Statistics compiled by the Government of India from the reports of provincial Civil Veterinary Departments
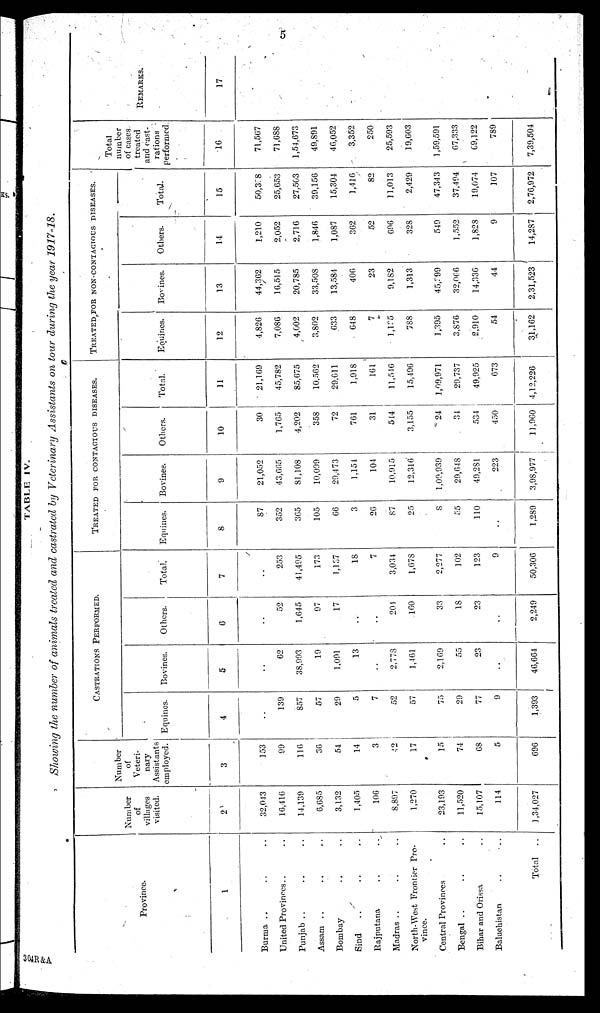
5
TABLE IV.
Showing the number of animals treated and castrated by Veterinary Assistants on tour during the year 1917-18.
Province.
1
Burma .. .. ..
United Provinces .. ..
Punjab .. .. ..
Assam .. .. ..
Bombay .. ..
Sind .. .. ..
Rajputana .. ..
Madras .. .. ..
North-West Frontier Pro-
vince.
Central Provinces ..
Bengal .. .. ..
Bihar and Orissa .. .. ..
Baluchistan .. ..
Total
..
Number
of
villages
visited.
2
32,043
16,416
14,139
6,685
3,132
1,405
106
8,897
1,270
23,193
11,520
15,107
114
1,34,027
Number
of
Veteri-
nary
Assistants
employed.
3
153
99
116
36
54
14
3
42
17
15
74
68
5
696
CASTRATIONS PERFORMED.
Equines.
4
..
139
857
57
29
5
7
52
57
75
29
77
9
1,393
Bovines.
5
..
62
38,993
19
1,091
13
..
2,778
1,461
2,169
55
23
..
40,664
Others.
6
..
52
1,645
97
17
..
..
204
160
33
18
23
..
2,249
Total
7
..
253
41,495
173
1,137
18
7
3,034
1,678
2,277
102
123
9
50,306
TREATED FOR CONTAGIOUS DISEASES.
Equines.
8
87
352
365
105
66
3
26
87
25
8
55
110
..
1,289
Bo vines.
9
21,052
43,665
81,108
10,099
29,473
1,154
104
10,915
12,316
1,09,939
29,648
40,281
223
3,98,977
Others.
10
30
1,765
4,202
358
72
761
31
514
3,155
24
34
534
450
11,960
Total.
11
21,169
45,782
85,675
10,562
29,611
1,918
161
11,546
15,490
1,99,971
29,737
49,925
673
4,12,226
TREATED FOR NON-CONTAGIOUS DISEASES.
Equines.
12
4,826
7,086
4,002
3,802
633
648
7
1,135
788
1,395
3,876
2,910
54
31,162
Bovines.
13
44,362
16,515
20,785
33,508
13,584
406
23
9,182
1,313
45,399
32,066
14,336
44
2,31,523
Others.
14
1,210
2,052
2,716
1,846
1,087
362
52
696
328
549
1,552
1,828
9
14,287
Total.
15
50,338
25,653
27,503
39,156
15,304
1,416
82
11,013
2,429
47,343
37,494
19,074
107
2,76,972
Total
number
of cases
treated
and cast-
rations
performed.
16
71,567
71,688
1,54,673
49,891
46,052
3,352
250
25,593
19,603
1,59,591
67,333
69,122
789
7,39,504
REMARKS.
17
304R&A